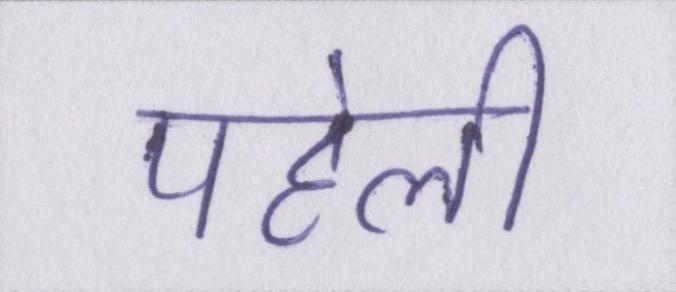
पहेली